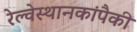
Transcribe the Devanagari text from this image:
रेल्वेस्थानकांपैकी